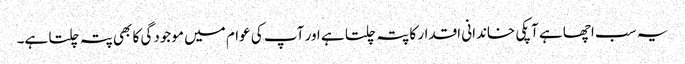
یہ سب اچھا ہے آپکی خاندانی اقدار کا پتہ چلتا ہے اور آپ کی عوام میں موجودگی کا بھی پتہ چلتا ہے۔